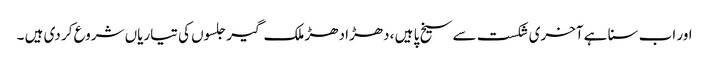
اور اب سنا ہے آخری شکست سے سیخ پا ہیں ، دھڑا دھڑ ملک گیر جلسوں کی تیاریاں شروع کر دی ہیں ۔